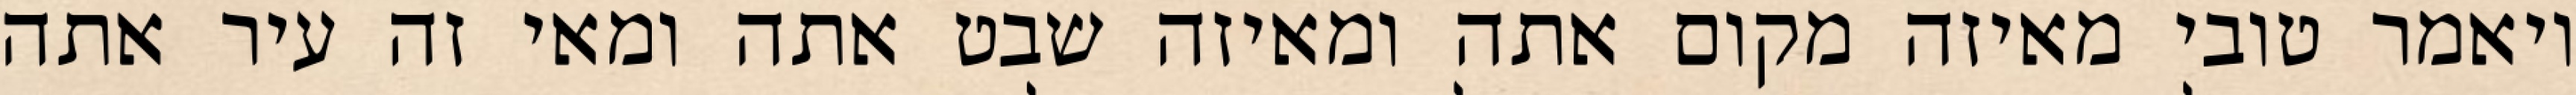
ויאמר טובי מאיזה מקום אתה ומאיזה שבט אתה ומאי זה עיר אתה